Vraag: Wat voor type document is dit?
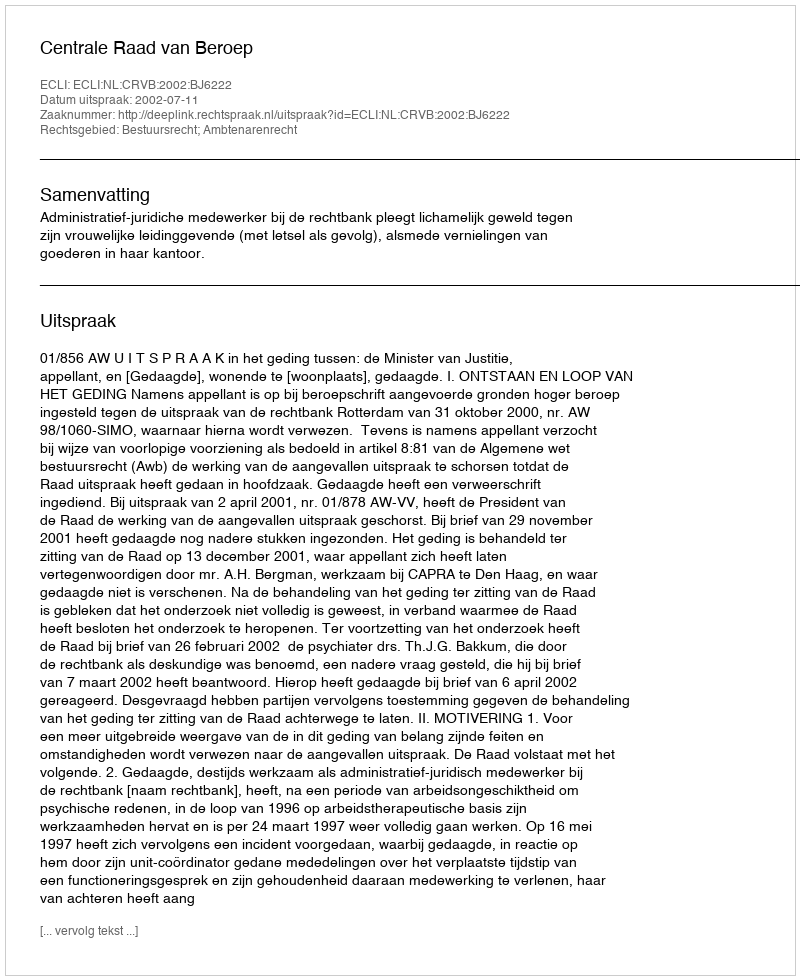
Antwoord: Uitspraak